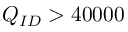
Q _ { I D } > 4 0 0 0 0